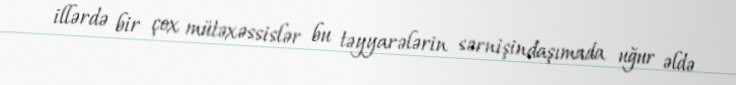
illərdə bir çox mütəxəssislər bu təyyarələrin sərnişindaşımada uğur əldə